Leaving Certificate Examination (including Day School Certificate (Higher) General paper), 1938
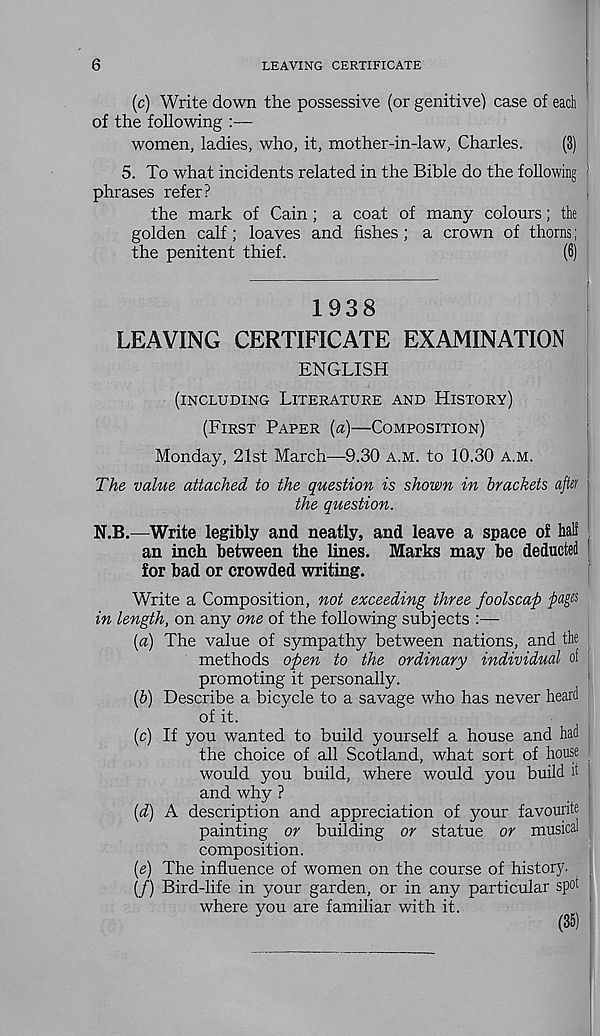
6
LEAVING CERTIFICATE
(c)
Write down the p
of the following :—
women, ladies, who, it, mother-in-law, Charles.
(3)
5. To what incidents related in the Bible do the following
phrases refer?
the mark of Cain; a coat of many colours; the
golden calf; loaves and fishes; a crown of thorns;
the penitent thief.
(6)
1938
LEAVING CERTIFICATE EXAMINATION
ENGLISH
....
-
■
(INCLUDING LITERATURE AND HISTORY)
(FIRST PAPER (a)—COMPOSITION)
Monday, 21st March—9.30 A.M. to 10.30 A.M.
The value attached to the question is shown in brackets aftet
the question.
N.B.—Write legibly and neatly, and leave a space of hall
an inch between the lines. Marks may be deducted
for bad or crowded writing.
Write a Composition, not exceeding three foolscap
in length, on any one of the following subjects :—
(a) The value of sympathy between nations, and the
methods open to the ordinary individual of
promoting it personally.
{b) Describe a bicycle to a savage who has never heard
of it.
(c) If you wanted to build yourself a house and had
the choice of all Scotland, what sort of house
would you build, where would you build it
and why ?
(d) A description and appreciation of your favourite
painting or building or statue or musical
composition.
(e) The influence of women on the course of history.
(/) Bird-life in your garden, or in any particular spot
where you are familiar with it.
(SS)